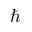
\hbar